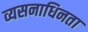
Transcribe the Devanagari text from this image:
व्यसनाधिनता